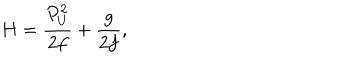
H = { \frac { P _ { U } ^ { 2 } } { 2 f } } + { \frac { g } { 2 f } } ,